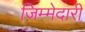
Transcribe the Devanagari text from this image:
ज़िम्मेदारी